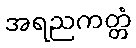
အရညကတ္တံ